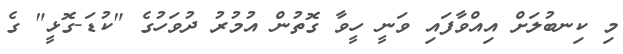
މި ކިނބުލަށް އިއްވާފައި ވަނީ ހީވާ ގޮތުން އުމުރު ދުވަހުގެ "ކުޑަ-ގޮޅީ" ގެ